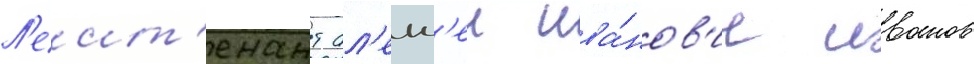
Л'еит'енант ал'екс'еи ива́нов'ич иванов